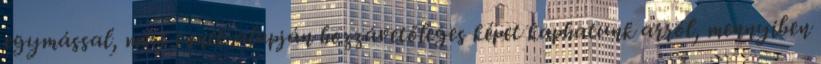
egymással, mert ennek alapján hozzávetőleges képet kaphatunk arról, mennyiben